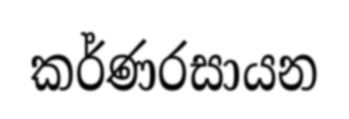
කර්ණරසායන